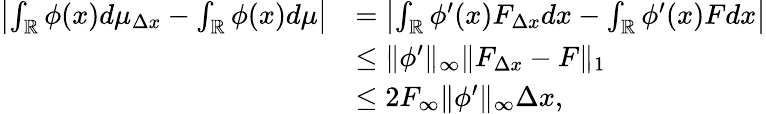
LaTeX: \begin{array}{rl}{\left|\int_{\mathbb{R}}\phi(x)d\mu_{\Delta x}-\int_{\mathbb{R}}\phi(x)d\mu\right|}&{=\left|\int_{\mathbb{R}}\phi^{\prime}(x)F_{\Delta x}dx-\int_{\mathbb{R}}\phi^{\prime}(x)Fdx\right|}\\ &{\leq\| \phi^{\prime}\| _{\infty}\| F_{\Delta x}-F\| _{1}}\\ &{\leq 2F_{\infty}\| \phi^{\prime}\| _{\infty}\Delta x,}\end{array}